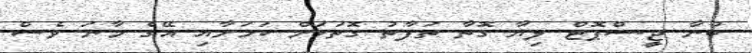
ބުނާ ޖީ-ސްޕޮޓް ލިޔާ ގޮތާ ތަފާތު ގޮތަކަށް ކަމަށާއި އޭގެ މާނަ ވެސް